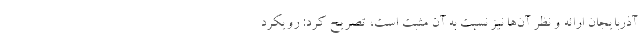
آذربایجان ارائه و نظر آن‌ها نیز نسبت به آن مثبت است، تصریح کرد: رویکرد